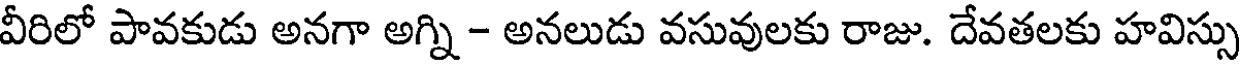
వీరిలో పావకుడు అనగా అగ్ని - అనలుడు వసువులకు రాజు. దేవతలకు హవిస్సు